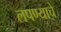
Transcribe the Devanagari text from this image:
लपण्याचे